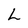
Character: L